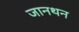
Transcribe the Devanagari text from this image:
जानथन